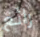
رائع